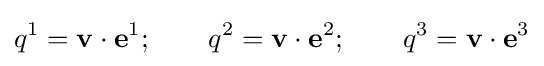
q^{1}=\mathbf {v} \cdot \mathbf {e} ^{1};\qquad q^{2}=\mathbf {v} \cdot \mathbf {e} ^{2};\qquad q^{3}=\mathbf {v} \cdot \mathbf {e} ^{3}